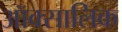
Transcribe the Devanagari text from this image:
ऑक्सालिक